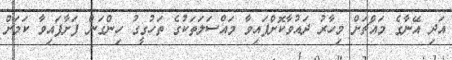
އަދި އޭނާގެ މައްޗަށް މިހާރު ދައުވާކޮށްފައިވާ މައްސަލަތަކުގެ ތަހުގީގު ހިންގަން ފަށާފައިވާ ކަމަށް